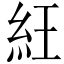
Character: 𥿁